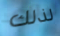
لذلك